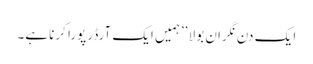
ا یک دن نگران بولا ’’ہمیں ایک آرڈر پورا کرنا ہے۔